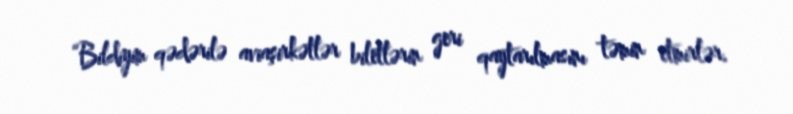
“Bildiyim qədərilə aviaşirkətlər biletlərin geri qaytarılmasını təmin etmirlər.